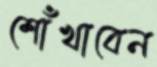
শোঁখাবেন